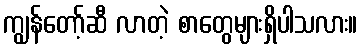
ကျွန်တော့်ဆီ လာတဲ့ စာတွေများရှိပါသလား။